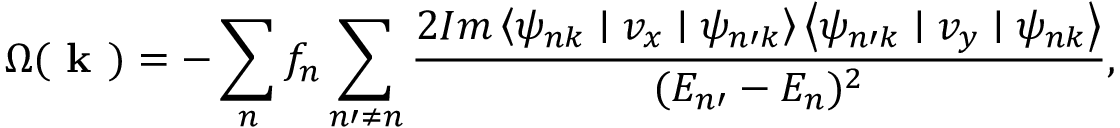
\Omega ( \textbf { k } ) = - \sum _ { n } f _ { n } \sum _ { n \prime \neq n } \frac { 2 I m \left\langle \psi _ { n k } \mid v _ { x } \mid \psi _ { n \prime k } \right\rangle \left\langle \psi _ { n \prime k } \mid v _ { y } \mid \psi _ { n k } \right\rangle } { ( E _ { n \prime } - E _ { n } ) ^ { 2 } } ,